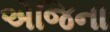
એજિના